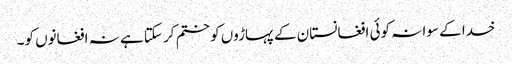
خدا کے سوا نہ کوئی افغانستان کے پہاڑوں کو ختم کر سکتا ہے نہ افغانوں کو۔